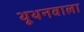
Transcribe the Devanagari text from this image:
थूथनवाला